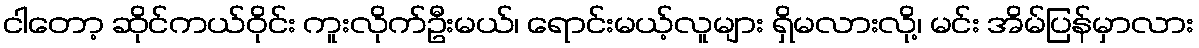
ငါတော့ ဆိုင်ကယ်ဝိုင်း ကူးလိုက်ဦးမယ်၊ ရောင်းမယ့်လူများ ရှိမလားလို့၊ မင်း အိမ်ပြန်မှာလား